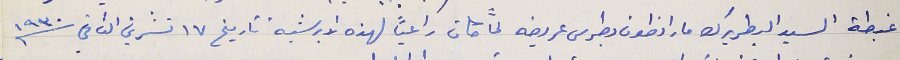
غبطة السيد البطريرك مار انطون بطرس عريضه لمَّا كان راعيًا لهذه الابرشية تاريخ ١٧ تشرين الثاني سنة ١٩٣٠